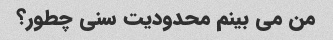
من می بینم محدودیت سنی چطور؟